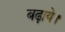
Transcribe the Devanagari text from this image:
बढ़ाये।